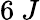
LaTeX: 6~J